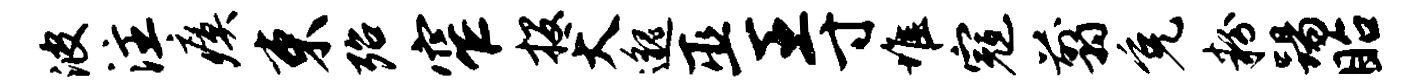
波注瘼束殆窄投犬邈巫王寸堆寇翦免粉踢眙